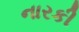
નારકી